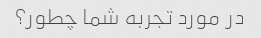
در مورد تجربه شما چطور؟